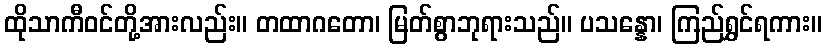
ထိုသာကီဝင်တို့အားလည်း။ တထာဂတော၊ မြတ်စွာဘုရားသည်။ ပသန္နော၊ ကြည်ရွှင်ရကား။